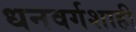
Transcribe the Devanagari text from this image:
धनवर्गशाही